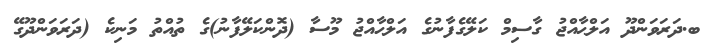
ބ.ދަރަވަންދޫ އަލްޙާއްޖު ގާސިމް ކަލޭގެފާނުގެ އަލްޙާއްޖު މޫސާ (ދޮންކަލޭފާނު)ގެ ތުއްތު މަނިކެ (ދަރަވަންދޫގޭ